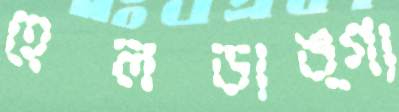
হেলডাঙ্গা